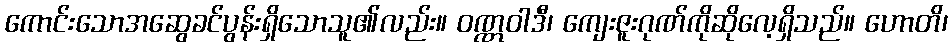
ကောင်းသောအဆွေခင်ပွန်းရှိသောသူ၏လည်း။ ဝဏ္ဏဝါဒီ၊ ကျေးဇူးဂုဏ်ကိုဆိုလေ့ရှိသည်။ ဟောတိ၊